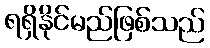
ရရှိနိုင်မည်ဖြစ်သည်